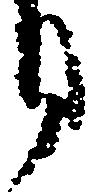
月